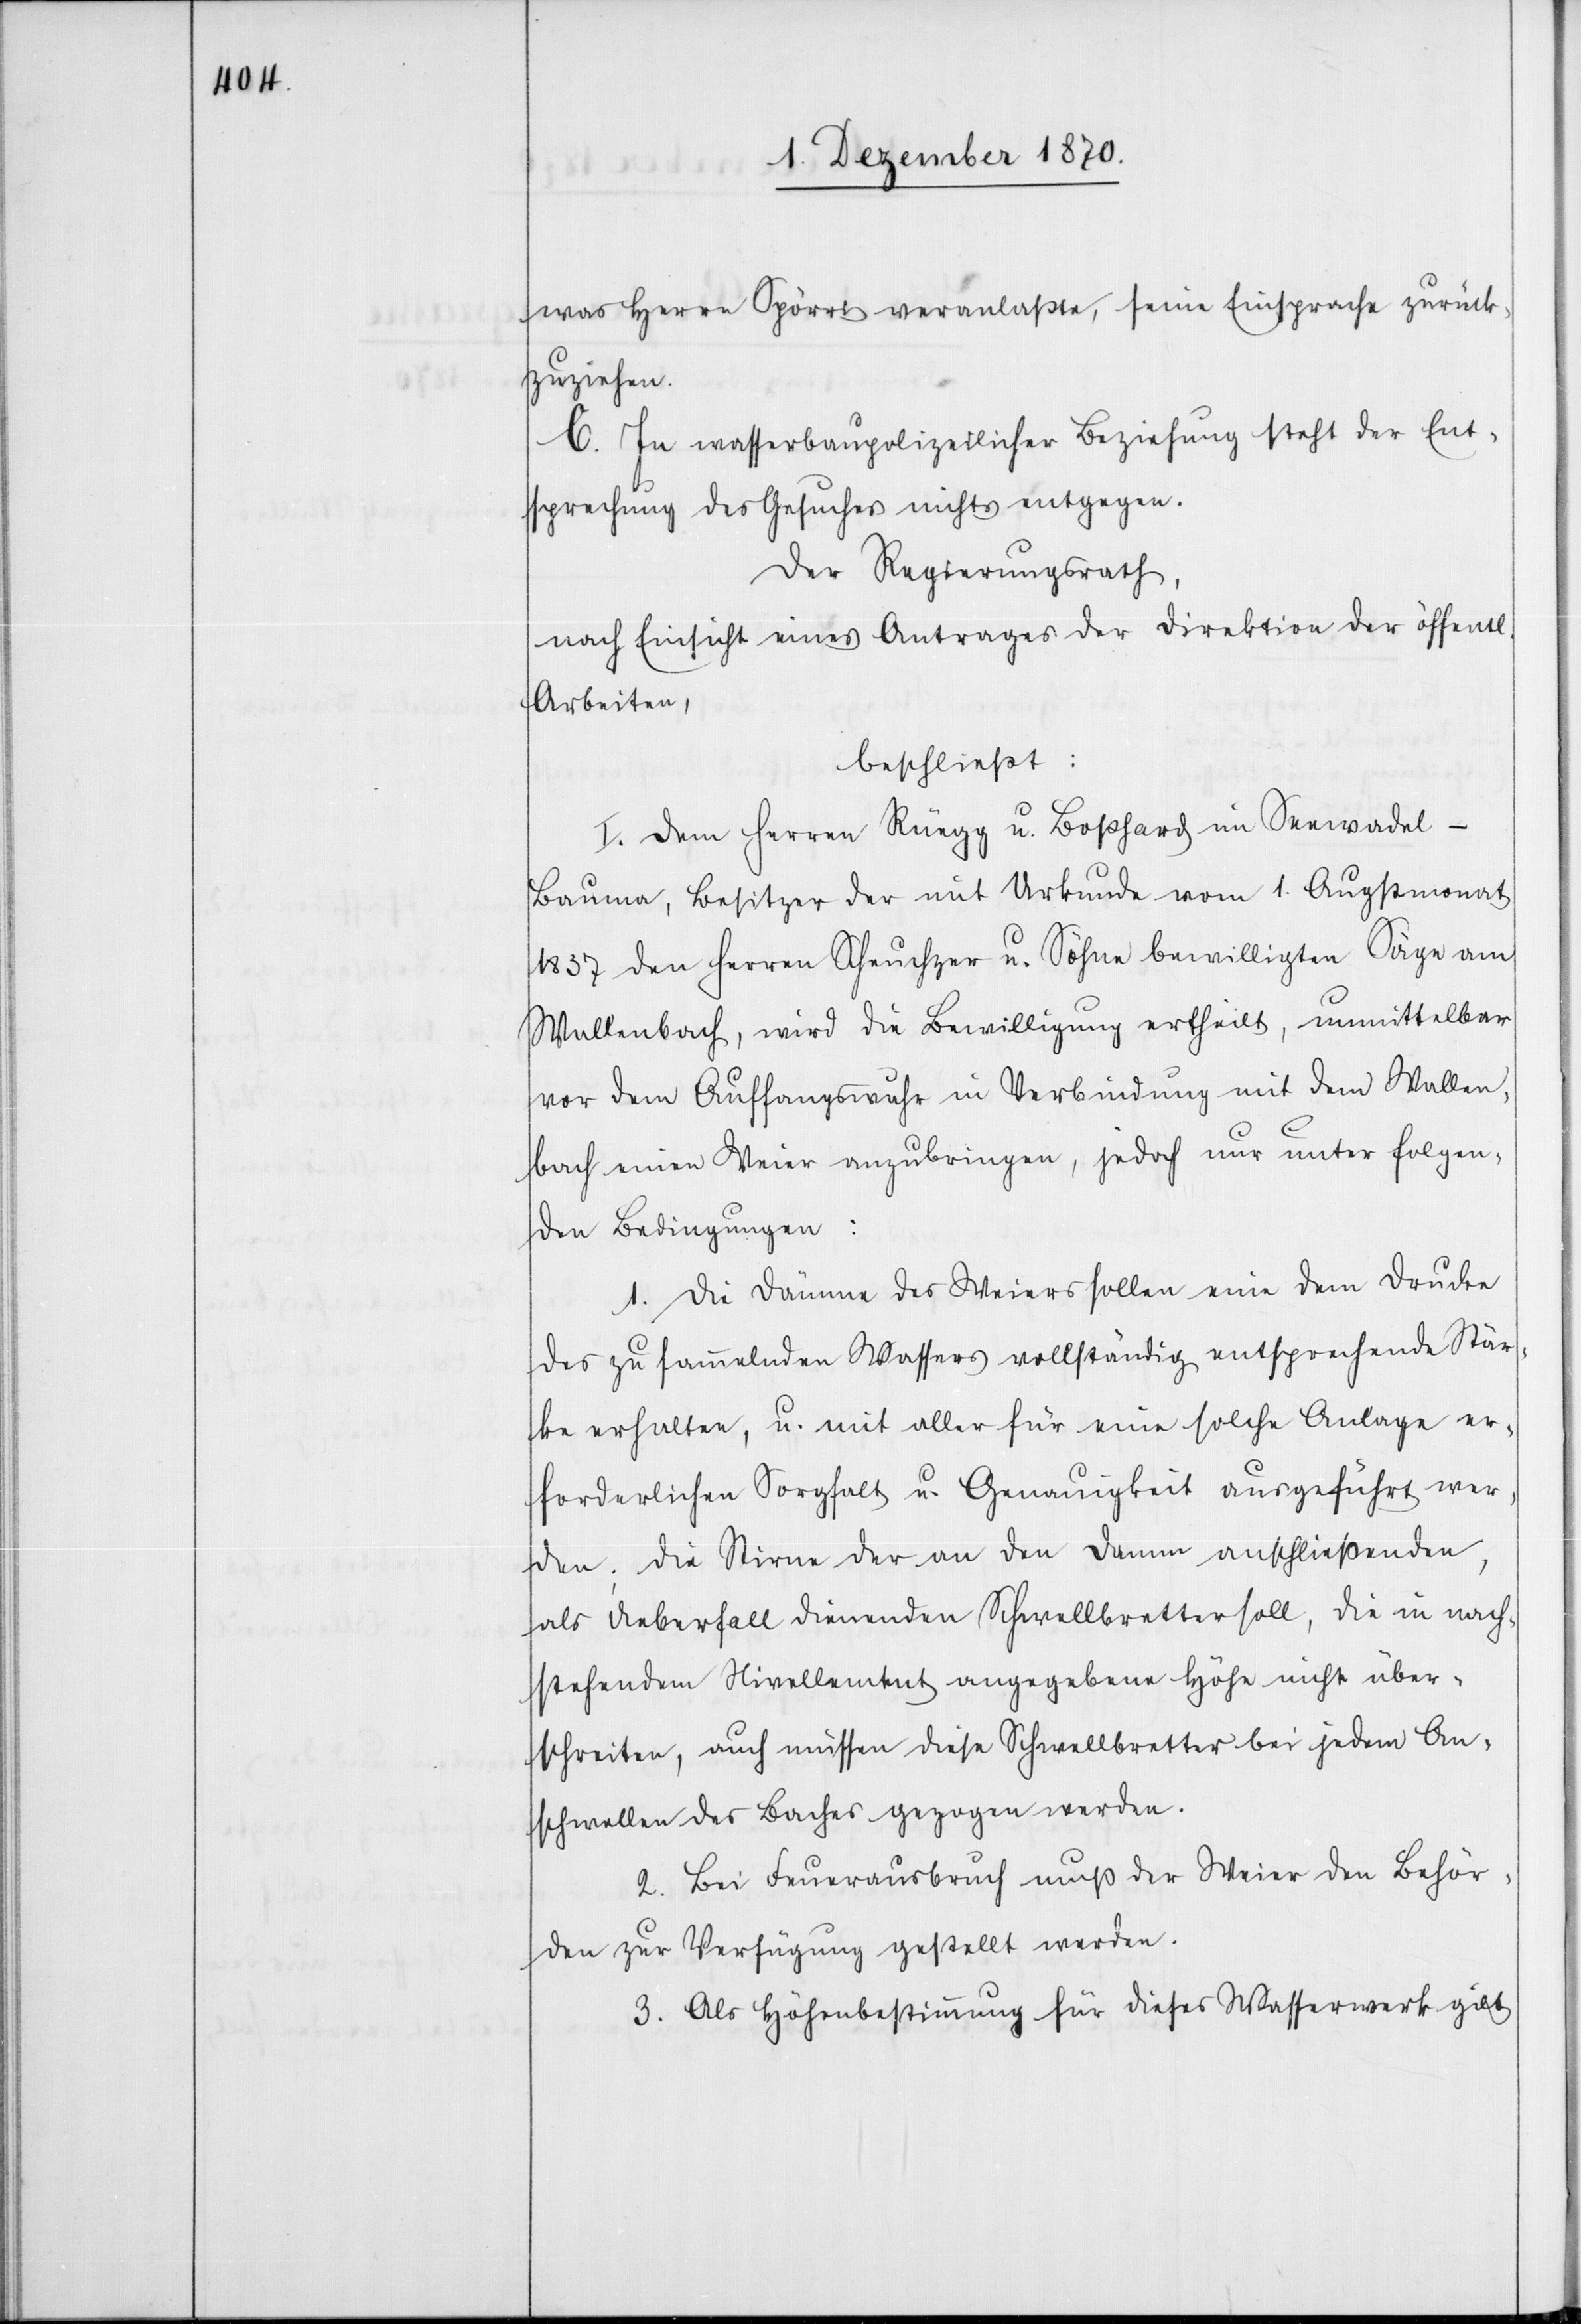
was Herrn Spörri veranlasste, seine Einsprache zurück¬
zuziehen.
C. In wasserbaupolizeilicher Beziehung steht der Ent¬
sprechung des Gesuches nichts entgegen.
Der Regierungsrath,
nach Einsicht eines Antrages der Direktion der öffentl.
Arbeiten,
beschließt:
I. Den Herren Rüegg u. Boßhard im Seewadel -
Bauma, Besitzer der mit Urkunde vom 1. Augstmonat
1837 den Herren Scheuchzer u. Söhne bewilligten Säge am
Wallenbach, wird die Bewilligung ertheilt, unmittelbar
vor dem Auffangswuhr in Verbindung mit dem Wallen¬
bach einen Weier anzubringen, jedoch nur unter folgen¬
den Bedingungen:
1. Die Dämme des Weiers sollen eine dem Drucke
des zu sammelnden Wassers vollständig entsprechende Stär¬
ke erhalten, u. mit aller für eine solche Anlage er¬
forderlichen Sorgfalt u. Genauigkeit ausgeführt wer¬
den; die Stirne der an den Damm anschließenden,
als Ueberfall dienenden Schwellbretter soll, die in nach¬
stehendem Nivellement angegebene Höhe nicht über¬
schreiten, auch müssen diese Schwellbretter bei jedem An¬
schwellen des Baches gezogen werden.
2. Bei Feuerausbruch muß der Weier den Behör¬
den zur Verfügung gestellt werden.
3. Als Höhenbestimmung für dieses Wasserwerk gilt